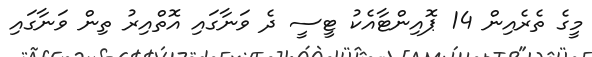
މީގެ ތެރެއިން 14 ޕޮއިންޓާއެކު ޓީސީ ދެ ވަނާގައި އޮތްއިރު ތިން ވަނާގައި